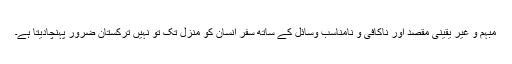
مبہم و غیر یقینی مقصد اور ناکافی و نامناسب وسائل کے ساتھ سفر انسان کو منزل تک تو نہیں ترکستان ضرور پہنچادیتا ہے۔